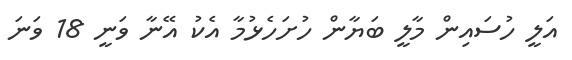
އަލީ ހުސައިން މާލީ ބަޔާން ހުށަހެޅުމާ އެކު އޭނާ ވަނީ 18 ވަނަ